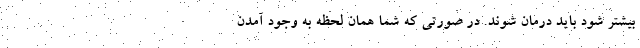
بیشتر شود باید درمان شوند. در صورتی که شما همان لحظه به وجود آمدن